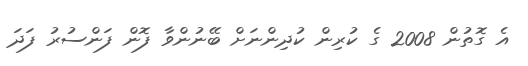
އެ ގޮތުން 2008 ގެ ކުރިން ކުދިންނަށް ބޭނުންވާ ފޮން ފަންސުރު ފަދަ